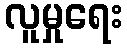
လူမှုရေး